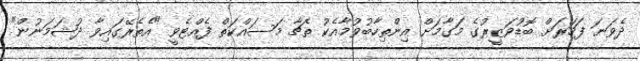
ދެވަނަ ފަހަރަށް ބޮޑުވަޒީރުގެ މަގާމަށް އިންތިހާބުވުމާއެކު ތެޗާ މަސައްކަތް ފެއްޓެވީ "އެތެރޭގައިވާ ދުޝަމަނުން"